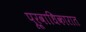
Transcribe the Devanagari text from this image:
पूर्वाधिकारात